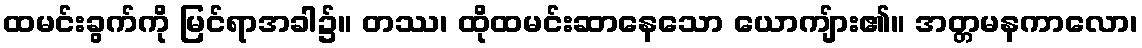
ထမင်းခွက်ကို မြင်ရာအခါ၌။ တဿ၊ ထိုထမင်းဆာနေသော ယောကျ်ား၏။ အတ္တမနကာလော၊